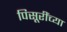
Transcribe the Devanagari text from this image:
पिसूरींच्या